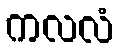
ကလလံ